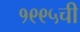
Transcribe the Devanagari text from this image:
१९९५ची